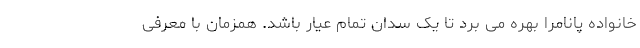
خانواده پانامرا بهره می برد تا یک سدان تمام عیار باشد. همزمان با معرفی